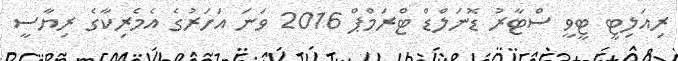
ރިއަލިޓީ ޓީވީ ސްޓާރު ޑޮނަލްޑް ޓްރަމްޕް 2016 ވަނަ އަހަރުގެ އެމެރިކާގެ ރިޔާސީ